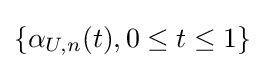
\{\alpha _{U,n}(t),0\leq t\leq 1\}